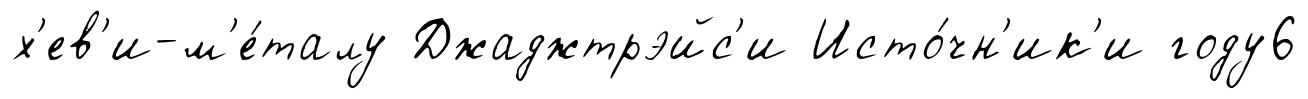
х'ев'и-м'е́талу Джаджтрэйс'и Исто́чн'ик'и году6